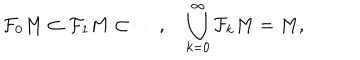
LaTeX: \mathcal { F } _ { 0 } M \subset \mathcal { F } _ { 1 } M \subset \cdots , \quad \bigcup _ { k = 0 } ^ { \infty } \mathcal { F } _ { k } M = M ,